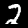
Digit: 2